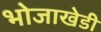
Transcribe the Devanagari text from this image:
भोजाखेडी